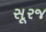
સૂરજ